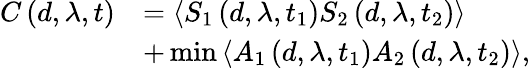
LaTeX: \begin{array}{rl}{C\left(d,\lambda,t\right)}&{=\left\langle S_{1}\left(d,\lambda,t_{1}\right)S_{2}\left(d,\lambda,t_{2}\right)\right\rangle}\\ &{+\operatorname*{min}\left\langle A_{1}\left(d,\lambda,t_{1}\right)A_{2}\left(d,\lambda,t_{2}\right)\right\rangle,}\end{array}